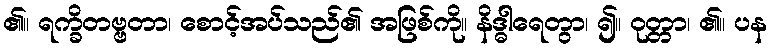
၏။ ရက္ခိတဗ္ဗတာ၊ စောင့်အပ်သည်၏ အဖြစ်ကို။ နိဒ္ဓါရေတွာ၊ ၍။ ဝုတ္တာ၊ ၏။ ပန